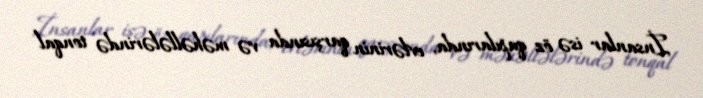
İnsanlar isə öz qapılarında, evlərinin qarşısında və məhəllələrində tonqal